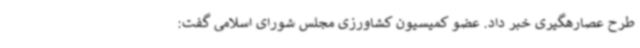
طرح عصارهگیری خبر داد. عضو کمیسیون کشاورزی مجلس شورای اسلامی گفت: